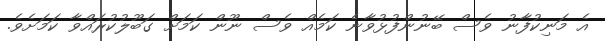
އެ މަނިކުފާނު ވެސް ބޭނުންފުޅުވާނެ ކަމެއް ވެސް ނޫން ކަމަށް ގަބޫލުކުރައްވާ ކަމަށެވެ.